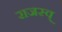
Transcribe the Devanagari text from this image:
राजस्व्